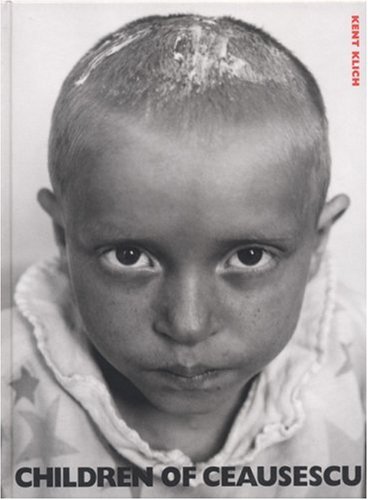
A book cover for Children of Ceausescu; Travel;